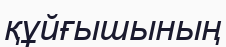
құйғышының